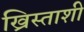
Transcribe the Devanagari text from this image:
ख्रिस्ताशी